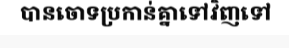
បានចោទប្រកាន់គ្នាទៅវិញទៅ